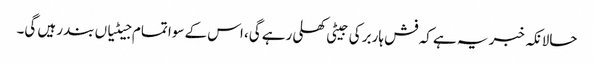
حالانکہ خبر یہ ہے کہ فش ہاربر کی جیٹی کھلی رہے گی، اس کے سوا تمام جیٹیاں بند رہیں گی۔